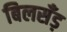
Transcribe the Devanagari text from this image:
बिलसँड़